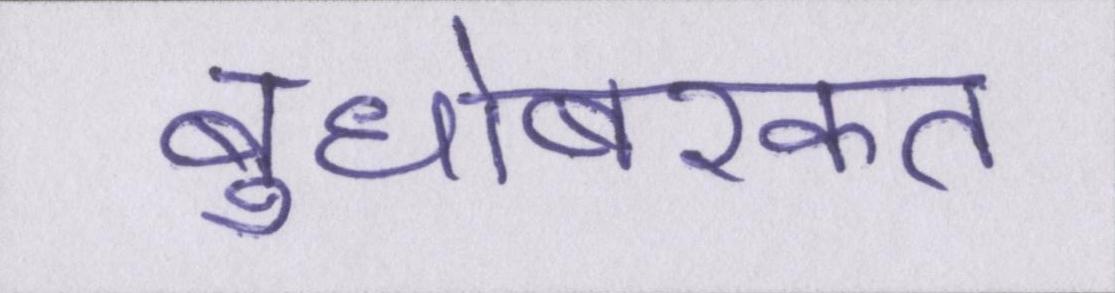
बुधोबरकत